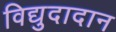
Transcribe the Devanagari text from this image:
विद्युदादान